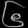
Digit: ၆